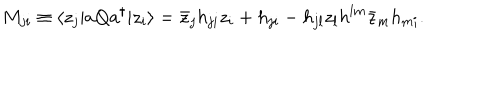
M _ { j i } \equiv \langle z _ { j } | a Q a ^ { \dagger } | z _ { i } \rangle = \bar { z } _ { j } h _ { j i } z _ { i } + h _ { j i } - h _ { j l } z _ { l } h ^ { l m } \bar { z } _ { m } h _ { m i } .